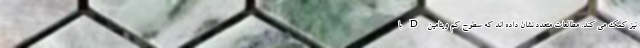
نیز کمک می کند. مطالعات متعدد نشان داده اند که سطوح کم ویتامین D با